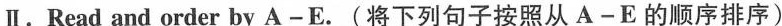
Ⅱ.Read and order by A-E.(将下列句子按照从 A-E 的顺序排序)